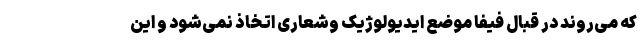
که می‌روند در قبال فیفا موضع ایدیولوژیک وشعاری اتخاذ نمی‌شود و این